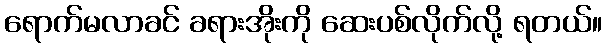
ရောက်မလာခင် ခရားအိုးကို ဆေးပစ်လိုက်လို့ ရတယ်။